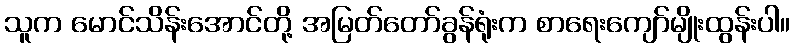
သူက မောင်သိန်းအောင်တို့ အမြတ်တော်ခွန်ရုံးက စာရေးကျော်မျိုးထွန်းပါ။